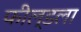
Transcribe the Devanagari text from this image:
फील्डला